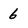
Character: 6